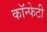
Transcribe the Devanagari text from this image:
कॉन्फेटी